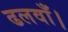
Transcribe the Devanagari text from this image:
ढलवाँ।